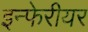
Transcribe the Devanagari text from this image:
इन्फेरीयर